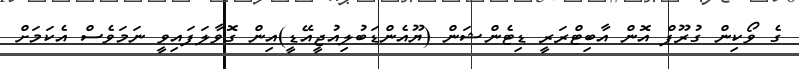
ގެ ވޯކިން ގުރޫޕް އޮން އާބިޓްރަރީ ޑިޓެންޝަން (ޔޫއެންޑަބުލިއުޖީއޭޑީ)އިން ގޮވާލަފައިވީ ނަމަވެސް އެކަމަށް